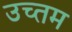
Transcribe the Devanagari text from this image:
उच्तम